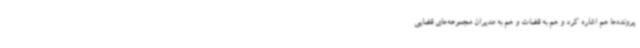
پرونده‌ها هم اشاره کرد و هم به قضات و هم به مدیران مجموعه‌های قضایی